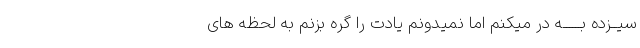
سیــزده بــــــه در میکنم اما نمیدونم یادت را گره بزنم به لحظه های